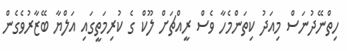
ހިތްނޭދުނަސް މިއަދު ކިތަންމެހާ ވެސް ރީއްޗަށް ލޫކް ގެ ކުރިމަތީގައި އަލްޔާ ބޭޒާރުވެގެން